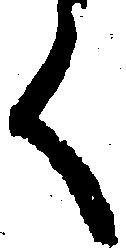
く